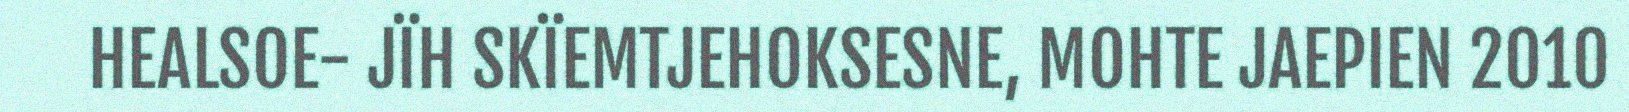
HEALSOE- JÏH SKÏEMTJEHOKSESNE, MOHTE JAEPIEN 2010